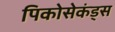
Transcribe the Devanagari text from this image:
पिकोसेकंड्स